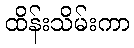
ထိန်းသိမ်းကာ